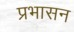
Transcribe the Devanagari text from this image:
प्रभासन